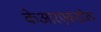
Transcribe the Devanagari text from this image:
केआरएकडील